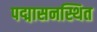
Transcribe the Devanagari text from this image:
पद्मासनस्थित